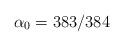
LaTeX: \begin{align*}\alpha_0 =383/384\end{align*}